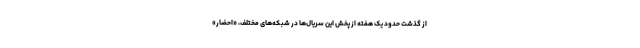
از گذشت حدود یک هفته از پخش این سریال‌ها در شبکه‌های مختلف، «احضار»